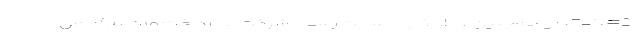
(#2*741*) و همچنین از طریق وب‌سایت رسمی شرکت به‌پرداخت ملت به آدرس